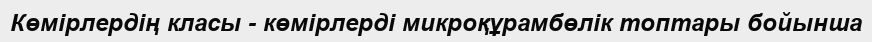
Көмірлердің класы - көмірлерді микроқұрамбөлік топтары бойынша